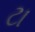
ટા